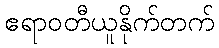
ဧရာဝတီယူနိုက်တက်